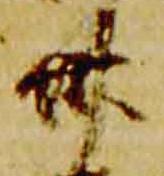
卅